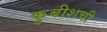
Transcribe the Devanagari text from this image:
कुबीशची